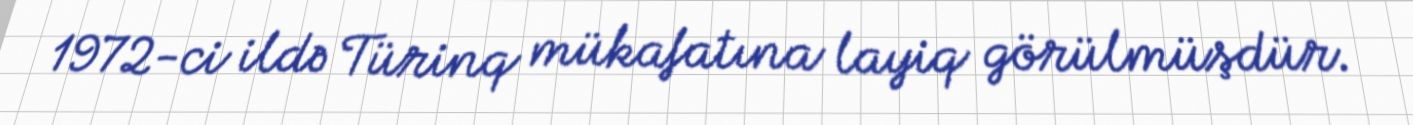
1972-ci ildə Türinq mükafatına layiq görülmüşdür.